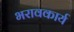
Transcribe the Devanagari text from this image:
भरावकार्य